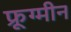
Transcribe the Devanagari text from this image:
फ्रूग्मीन